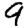
Digit: 9